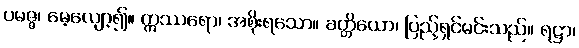
ပမဇ္ဇ၊ မေ့လျော့၍။ ဣဿရော၊ အစိုးရသော။ ခတ္တိယော၊ ပြည့်ရှင်မင်းသည်။ ရဋ္ဌာ၊